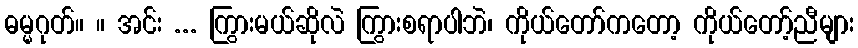
ဓမ္မဂုတ်။ ။ အင်း ... ကြွားမယ်ဆိုလဲ ကြွားစရာပါဘဲ၊ ကိုယ်တော်ကတော့ ကိုယ်တော့်ညီများ